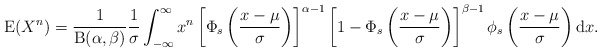
\begin{align*}\mathrm{E}(X^n)=\frac{1}{\mathrm{B}(\alpha,\beta)}\frac{1}{\sigma}\int_{-\infty}^\infty x^n\left[\Phi_s\left(\frac{x-\mu}{\sigma}\right)\right]^{\alpha-1}\left[1-\Phi_s\left(\frac{x-\mu}{\sigma}\right)\right]^{\beta-1}\phi_s \left(\frac{x-\mu}{\sigma}\right) \mathrm{d}x.\end{align*}